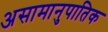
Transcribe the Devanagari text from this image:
असामानुपातिक